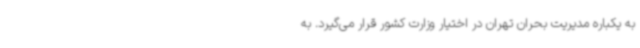
به یکباره مدیریت بحران تهران در اختیار وزارت کشور قرار می‌گیرد. به